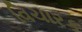
વિચારક